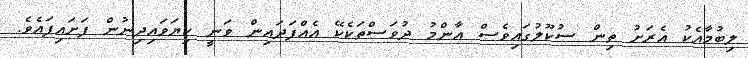
ލިބުމާއެކު އެރަށު ތިން ސުކޫލުގައިވެސް އާންމު ދުވަސްތަކެކޭ އެއްފަދައިން ވަނީ ކިޔަވައިދިނުން ފަށައިފައެވެ.